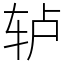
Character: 轳